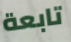
تابعة